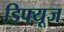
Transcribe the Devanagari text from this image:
डिफ्यूज